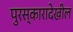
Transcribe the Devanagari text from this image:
पुरस्कारादेखील